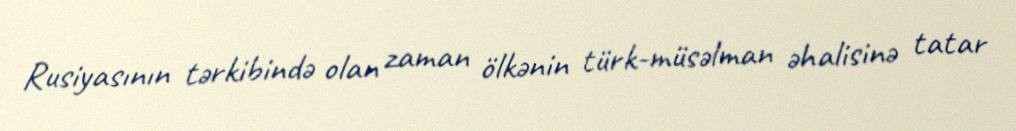
Rusiyasının tərkibində olan zaman ölkənin türk-müsəlman əhalisinə tatar